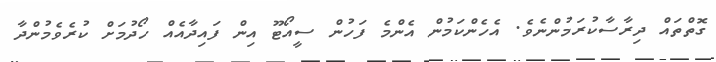
ގޮތްތައް ދިރާސާކުރަމުންނެވެ. އެހެންކަމުން އެންމެ ފަހުން ސީއޯޓޫ އިން ފައިދާއެއް ހޯދުމަށް ކުރެވެމުންދާ